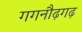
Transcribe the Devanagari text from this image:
गगनौढ़गढ़